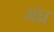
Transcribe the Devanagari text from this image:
अंघ्र